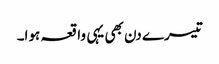
تیسرے دن بھی یہی واقعہ ہوا۔